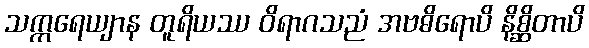
သက္ကရေယျာန တူရိယဿ ဝိရာဂသညံ အဗဓိရောပိ နိစ္ဆိတာပိ